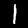
Digit: 1